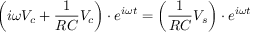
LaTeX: \left( i \omega V _ { c } + { \frac { 1 } { R C } } V _ { c } \right) \cdot e ^ { i \omega t } = \left( { \frac { 1 } { R C } } V _ { s } \right) \cdot e ^ { i \omega t }